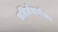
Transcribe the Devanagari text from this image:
प्रतिलेखनोत्तर